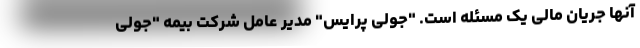
آنها جریان مالی یک مسئله است. "جولی پرایس" مدیر عامل شرکت بیمه "جولی